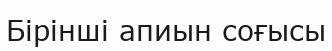
Бірінші апиын соғысы